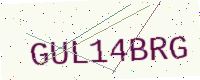
Text: GUL14BRG